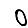
Digit: 0